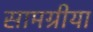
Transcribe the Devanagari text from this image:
सामग्रीया